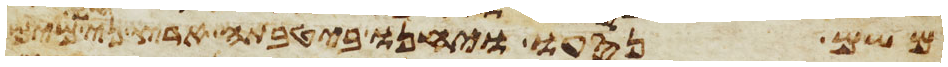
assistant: משם נסעו ויחנו ביטבתה ארץ נחלי מים